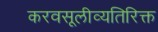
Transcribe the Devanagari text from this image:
करवसूलीव्यतिरिक्त